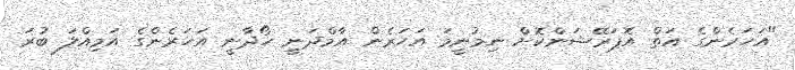
"އަހަރެންގެ އަތް އޮޕަރޭޝަންކޮށް ނިމުނީމަ އަހަރެން އާމްދަނީ ހޯދާނީ އަހަރެންގެ އަމިއްލަ ބުރަ